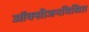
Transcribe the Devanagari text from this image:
ऑक्सीजनमिश्रित